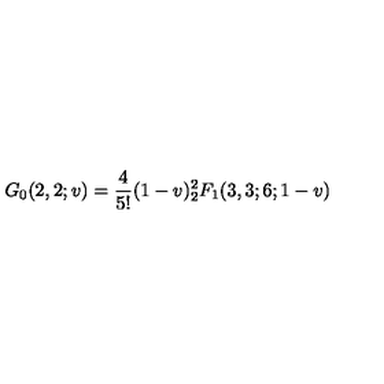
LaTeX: G _ { 0 } ( 2 , 2 ; v ) = \frac { 4 } { 5 ! } ( 1 - v ) ^ { 2 } _ { 2 } F _ { 1 } ( 3 , 3 ; 6 ; 1 - v )